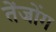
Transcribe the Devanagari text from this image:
तेंजोंग